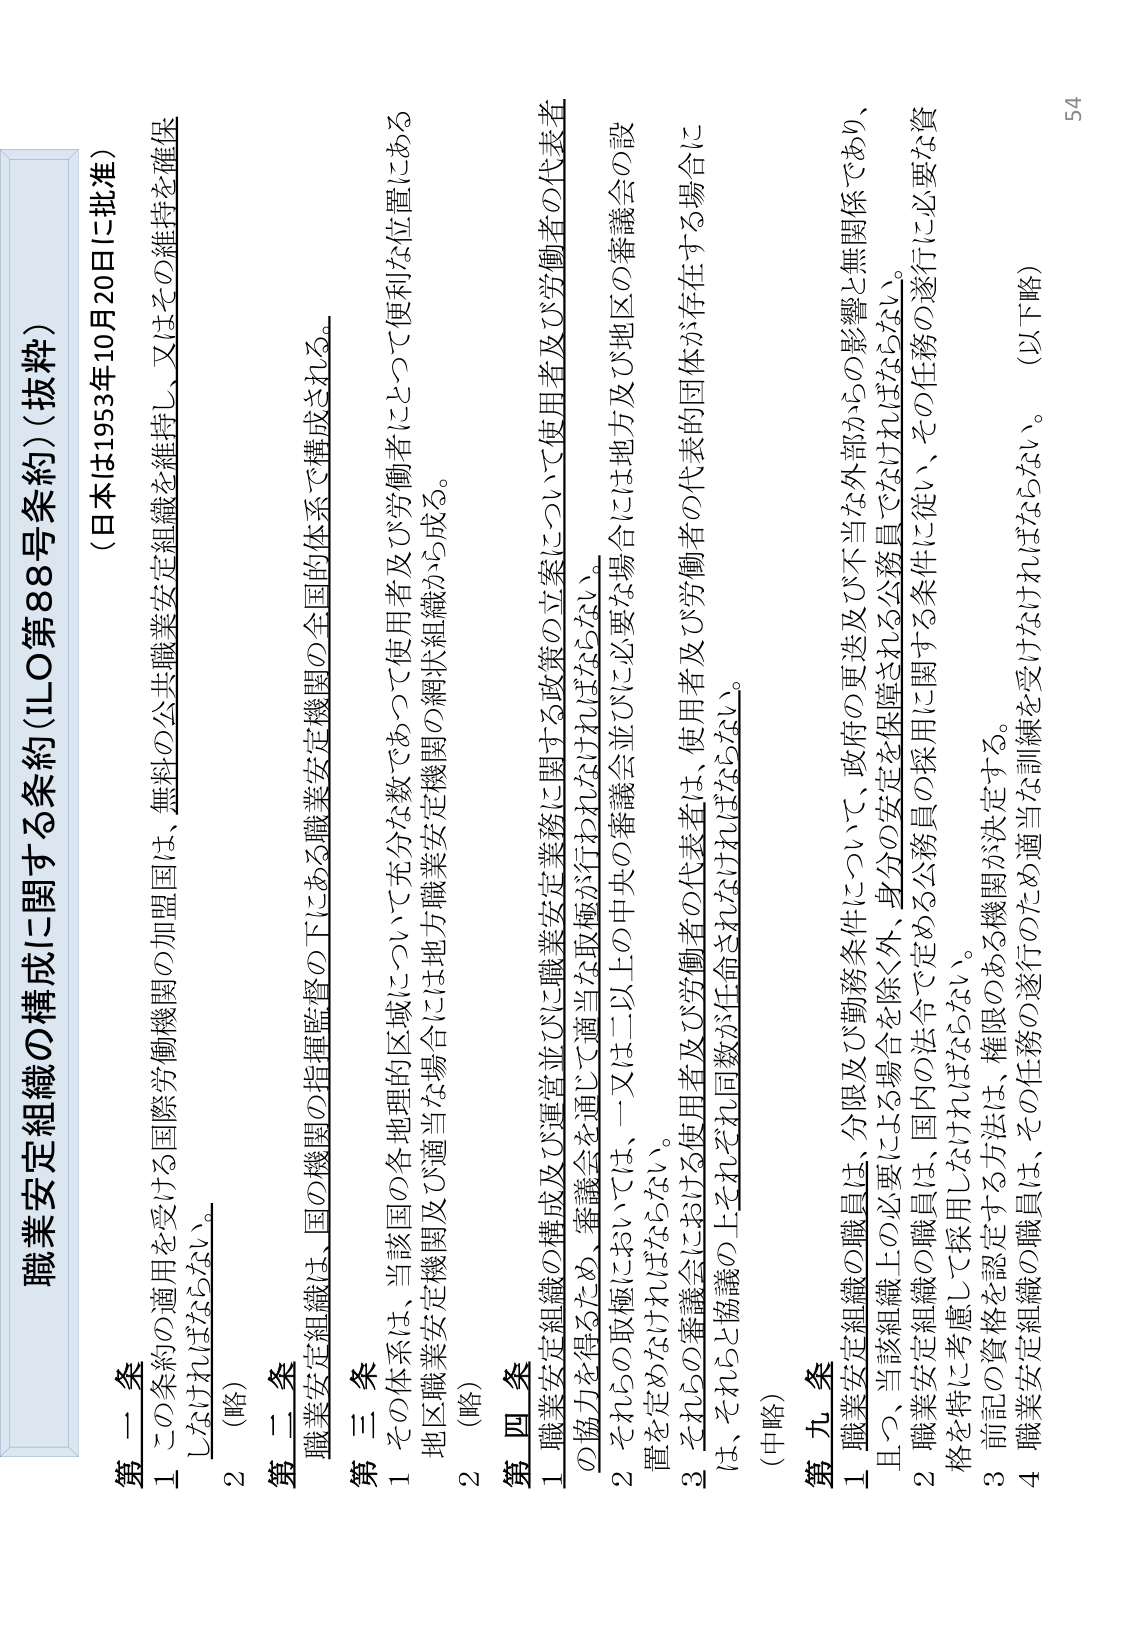
職業安定組織の構成に関する条約（ILO第88号条約）（抜粋）
（日本は1953年10月20日に批准）

第一条
１ この条約の適用を受ける国際労働機関の加盟国は、無料の公共職業安定組織を維持し、又はその維持を確保しなければならない。
２ （略）

第二条
職業安定組織は、国の機関の指揮監督の下にある職業安定機関の全国的体系で構成される。

第三条
１ その体系は、当該国の各地理的区域について充分な数であって使用者及び労働者にとって便利な位置にある地区職業安定機関及び適当な場合には地方職業安定機関の網状組織から成る。
２ （略）

第四条
１ 職業安定組織の構成及び運営並びに職業安定業務に関する政策の立案について使用者及び労働者の代表者の協力を得るため、審議会を通じて適当な取極が行われなければならない。
２ それらの取極においては、一又は二以上の中央の審議会並びに必要な場合には地方及び地区の審議会の設置を定めなければならない。
３ それらの審議会における使用者及び労働者の代表者は、使用者及び労働者の代表的団体が存在する場合には、それらと協議の上それぞれ同数が任命されなければならない。
（中略）

第九条
１ 職業安定組織の職員は、分限及び勤務条件について、政府の更迭及び不当な外部からの影響と無関係であり、且つ、当該組織上の必要による場合を除く外、身分の安定を保障される公務員でなければならない。
２ 職業安定組織の職員は、国内の法令で定める公務員の採用に関する条件に従い、その任務の遂行に必要な資格を特に考慮して採用しなければならない。
３ 前記の資格を認定する方法は、権限のある機関が決定する。
４ 職業安定組織の職員は、その任務の遂行のため適当な訓練を受けなければならない。（以下略）

54